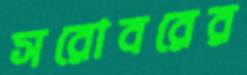
সরোবরের